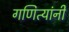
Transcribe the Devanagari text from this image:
गणित्यांनी